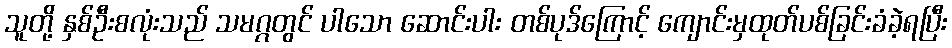
သူတို့ နှစ်ဦးစလုံးသည် သမဂ္ဂတွင် ပါသော ဆောင်းပါး တစ်ပုဒ်ကြောင့် ကျောင်းမှထုတ်ပစ်ခြင်းခံခဲ့ရပြီး